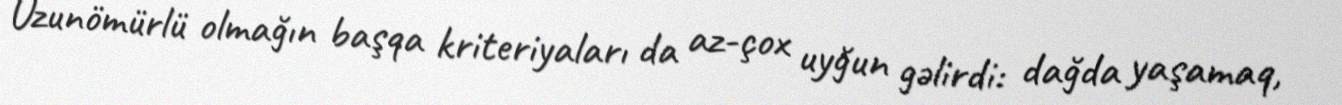
Uzunömürlü olmağın başqa kriteriyaları da az-çox uyğun gəlirdi: dağda yaşamaq,